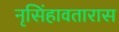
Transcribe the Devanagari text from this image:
नृसिंहावतारास